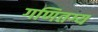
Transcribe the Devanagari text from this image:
गणितग्य